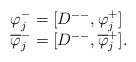
LaTeX: \begin{align*}\begin{array}{lcr}\varphi^-_j=[D^{--},\varphi^+_j] \\\overline{\varphi}^-_j=[D^{--},\overline{\varphi}^+_j].\end{array}\end{align*}